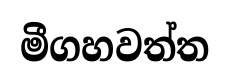
මීගහවත්ත